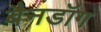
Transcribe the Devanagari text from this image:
बैनडॉग